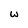
Character: w